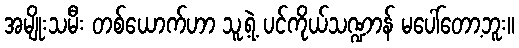
အမျိုးသမီး တစ်ယောက်ဟာ သူ့ရဲ့ ပင်ကိုယ်သဏ္ဍာန် မပေါ်တော့ဘူး။